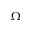
\Omega